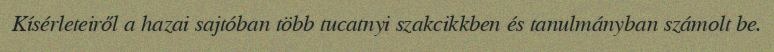
Kísérleteiről a hazai sajtóban több tucatnyi szakcikkben és tanulmányban számolt be.